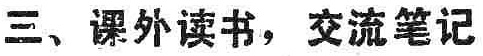
三、课外读书，交流笔记